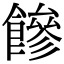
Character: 𩞀